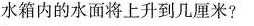
水箱内的水面将上升到几厘米?